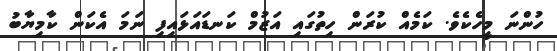
ހުންނަ މީހެކެވެ. ކަމެއް ކުރަން ހިތުގައި އަޒުމް ކަނޑައަޅައިފި ނަމަ އެކަން ކާމިޔާބު